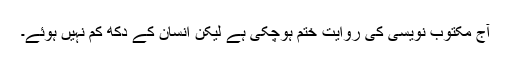
آج مکتوب نویسی کی روایت ختم ہوچکی ہے لیکن انسان کے دکھ کم نہیں ہوئے۔